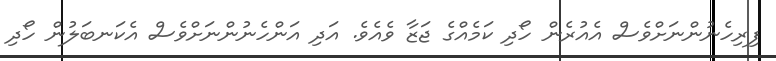
ފިރިހެނުންނަށްވެސް އެއުރެން ހޯދި ކަމެއްގެ ޖަޒާ ވެއެވެ. އަދި އަންހެނުންނަށްވެސް އެކަނބަލުން ހޯދި